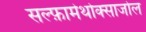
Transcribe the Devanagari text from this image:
सल्‍फ़ामेथोक्‍साजोल